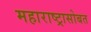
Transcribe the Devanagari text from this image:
महाराष्ट्रासोबत